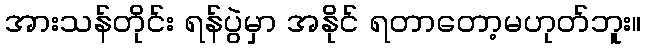
အားသန်တိုင်း ရန်ပွဲမှာ အနိုင် ရတာတော့မဟုတ်ဘူး။